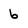
Character: 6